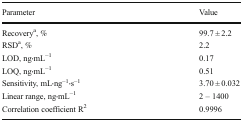
<table><thead><tr><td><b>Parameter</b></td><td><b>Value</b></td></tr></thead><tbody><tr><td>Recovery<sup>a</sup>, %</td><td>99.7 ± 2.2</td></tr><tr><td>RSD<sup>a</sup>, %</td><td>2.2</td></tr><tr><td>LOD, ng⋅mL<sup>−1</sup></td><td>0.17</td></tr><tr><td>LOQ, ng⋅mL<sup>−1</sup></td><td>0.51</td></tr><tr><td>Sensitivity, mL⋅ng<sup>−1</sup>⋅s<sup>−1</sup></td><td>3.70 ± 0.032</td></tr><tr><td>Linear range, ng⋅mL<sup>−1</sup></td><td>2 – 1400</td></tr><tr><td>Correlation coefficient R<sup>2</sup></td><td>0.9996</td></tr></tbody></table>